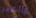
والشعر